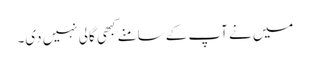
میں نے آپ کے سامنے کبھی گالی نہیں دی۔